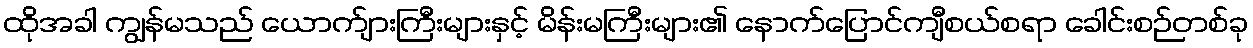
ထိုအခါ ကျွန်မသည် ယောက်ျားကြီးများနှင့် မိန်းမကြီးများ၏ နောက်ပြောင်ကျီစယ်စရာ ခေါင်းစဉ်တစ်ခု